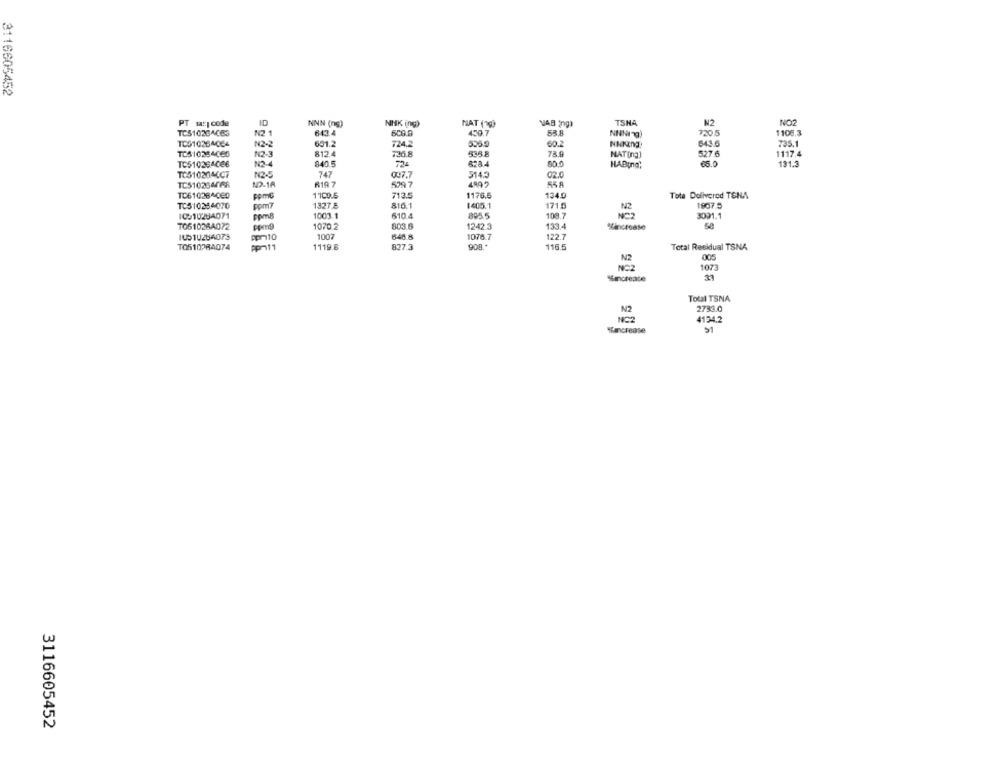
3116605452
ID
NNN (ng)
NNK ing)
TSNA
N2
NO2
PT sagi code
NAT (19)
TC510284C63
N2 1
643.4
600.9
459.7
720.5
1106.3
TC510264064
N2-2
651.2
724.2
555.9
60.2
643.6
735.1
TC510254066
N2-3
812.4
726.8
535.8
78.0
527.6
1117.4
HAT(na)
TC510264066
N3-4
840.5
628.4
90.0
HABIna;
65.0
131.3
TC51020ACC7
N2-5
747
007.7
314.3
02.0
TC510284768
N2-18
R19 7
529 7
55 8
TO61028400
pom6
1100.5
713.5
1176.5
134.0
Tota Delivered TSNA
TC510254070
1327.8
815.1
1405.1
1715
N2
1807.5
10010284071
1003.1
805.5
108.7
610.4
3091.1
TO51028A072
1070.2
803.6
1242.3
133.4
SCincrease
IUS1U284073
Apr10
1007
646.8
1076.7
122.7
TO510284074
PPm11
1119.8
827.3
908.
116.5
Total Residual TSNA
N2
005
NOZ
1073
%increase
Total TSNA
N2
2733.0
NC2
4134.2
"increase
51
3116605452